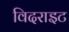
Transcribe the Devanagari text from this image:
विदराइट